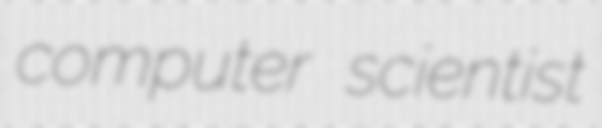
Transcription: computer scientist